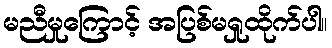
မညီမှုကြောင့် အပြစ်မရှုထိုက်ပါ။